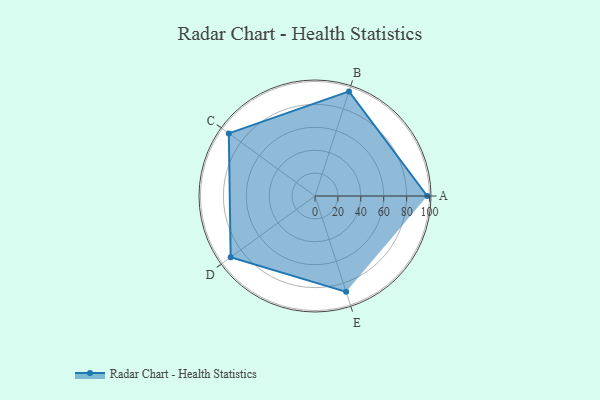
{"axis": {"x": "Skill", "y": "Score"}, "legend": ["Profile"], "data": [{"x": "A", "y": 98.0, "type": "Profile"}, {"x": "B", "y": 96.0, "type": "Profile"}, {"x": "C", "y": 93.0, "type": "Profile"}, {"x": "D", "y": 91.0, "type": "Profile"}, {"x": "E", "y": 88.0, "type": "Profile"}]}